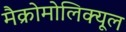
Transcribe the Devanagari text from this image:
मैक्रोमोलिक्यूल